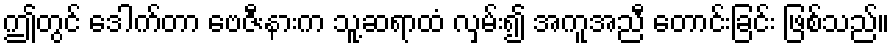
ဤတွင် ဒေါက်တာ ဗေဇီးနားက သူ့ဆရာထံ လှမ်း၍ အကူအညီ တောင်းခြင်း ဖြစ်သည်။